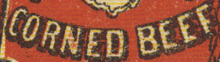
CORNED BEEF